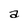
Character: a